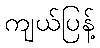
ကျယ်ပြန့်